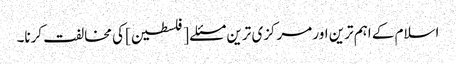
اسلام کے اہم ترین اور مرکزی ترین مسئلے [فلسطین] کی مخالفت کرنا۔